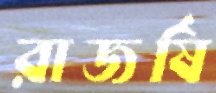
রাজর্ষি